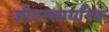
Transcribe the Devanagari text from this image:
जीवरसायनिक